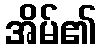
အိမ်၏